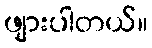
ဖျားပါတယ်။